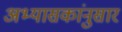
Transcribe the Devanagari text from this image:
अभ्यासकांनुसार